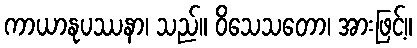
ကာယာနုပဿနာ၊ သည်။ ဝိသေသတော၊ အားဖြင့်။